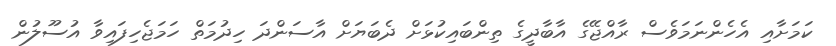
ކަމަށާއި އެހެންނަމަވެސް ރާއްޖޭގެ އާބާދީގެ ތިންބައިކުޅަށް ދެބަޔަށް އާސަންދަ ހިދުމަތް ހަމަޖެހިފައިވާ އުސޫލުން